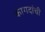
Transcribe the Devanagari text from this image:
कागदांची